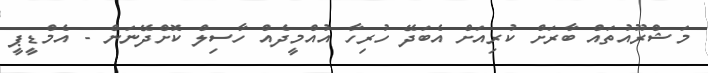
މަޝްރޫއުތައް ބާރަށް ކުރިއަށް އެބަދޭ ހުރިހާ އުއްމީދެއް ހާސިލް ކޮށްދޭނަން - އެމްޑީޕީ